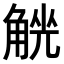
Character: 𧤄